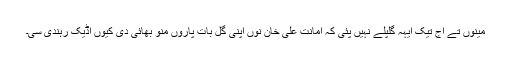
مینوں تے اج تیک ایہہ گلپلے نہیں پئی کہ امانت علی خان نوں اپنی گل بات پاروں منو بھائی دی کیوں اڈیک رہندی سی۔